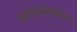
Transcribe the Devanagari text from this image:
सारस्वतकल्प